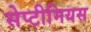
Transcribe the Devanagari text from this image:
सेप्टीमियस